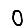
Digit: 0